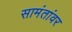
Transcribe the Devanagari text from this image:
सामंतांवर